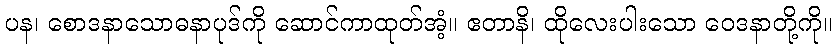
ပန၊ စောဒနာသောဓနာပုဒ်ကို ဆောင်ကာထုတ်အံ့။ ဧတာနိ၊ ထိုလေးပါးသော ဝေဒနာတို့ကို။